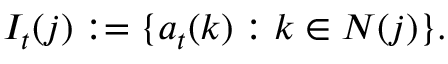
I _ { t } ( j ) : = \{ a _ { t } ( k ) : k \in N ( j ) \} .